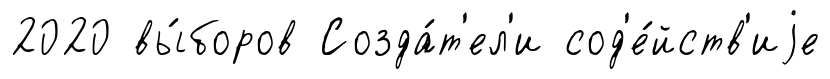
2020 вы́боров Созда́т'ел'и сод'е́йств'иjе